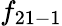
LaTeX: f_{21-1}